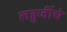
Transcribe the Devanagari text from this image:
लहुजींचे